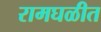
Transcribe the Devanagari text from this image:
रामघळीत